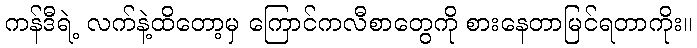
ကန်ဒီရဲ့ လက်နဲ့ထိတော့မှ ကြောင်ကလီစာတွေကို စားနေတာမြင်ရတာကိုး။